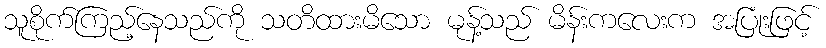
သူစိုက်ကြည့်နေသည်ကို သတိထားမိသော မုန့်သည် မိန်းကလေးက အပြုံးဖြင့်